Lunatic asylums Central Provinces reports 1910-1926 - 1910-1926
Year: 1910
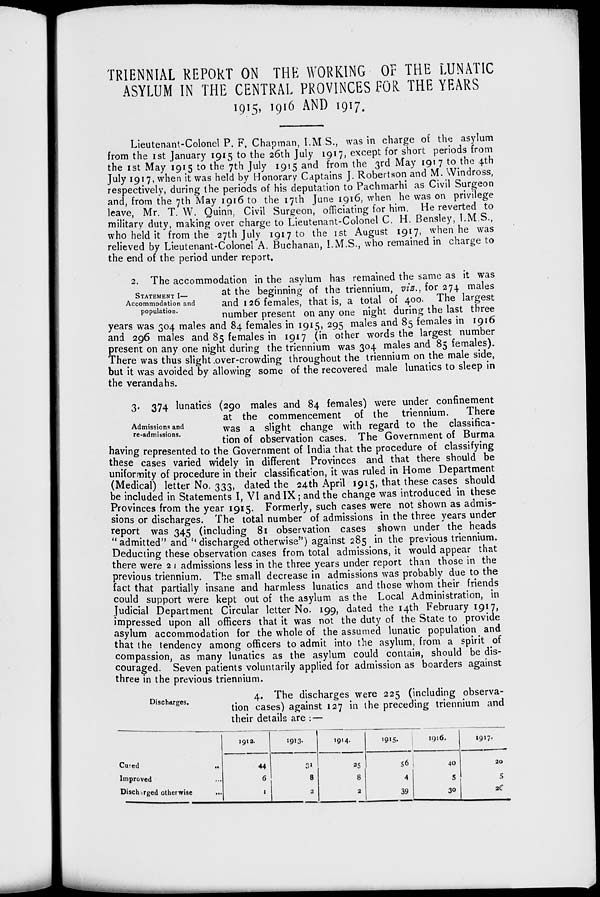
TRIENNIAL REPORT ON THE WORKING OF THE LUNATIC
ASYLUM IN THE CENTRAL PROVINCES FOR THE YEARS
1915, 1916 AND 1917.
Lieutenant-Colonel P. F. Chapman, I.M.S., was in charge of the asylum
from the 1st January 1915 to the 26th July 1917, except for short periods from
the 1st May 1915 to the 7th July 1915 and from the 3rd May 1917 to the 4th
July 1917, when it was held by Honorary Captains J. Robertson and M. Windross,
respectively, during the periods of his deputation to Pachmarhi as Civil Surgeon
and, from the 7th May 1916 to the 17th June 1916, when he was on privilege
leave, Mr. T. W. Quinn, Civil Surgeon, officiating for him. He reverted to
military duty, making over charge to Lieutenant-Colonel C. H. Bensley, I.M.S.,
who held it from the 27th July 1917 to the 1st August 1917, when he was
relieved by Lieutenant-Colonel A. Buchanan, I. M.S., who remained in charge to
the end of the period under report.
STATEMENT I—
Accommodation and
population.
2. The accommodation in the asylum has remained the same as it was
at the beginning of the triennium, viz., for 274 males
and 126 females, that is, a total of 400. The largest
number present on any one night during the last three
years was 304 males and 84 females in 1915, 295 males and 85 females in 1916
and 296 males and 85 females in 1917 (in other words the largest number
present on any one night during the triennium was 304 males and 85 females).
There was thus slight over-crowding throughout the triennium on the male side,
but it was avoided by allowing some of the recovered male lunatics to sleep in
the verandahs.
Admissions and
re-admissions.
3. 374 lunatics (290 males and 84 females) were under confinement
at the commencement of the triennium.
There
was a slight change with regard to the classifica-
tion of observation cases. The Government of Burma
having represented to the Government of India that the procedure of classifying
these cases varied widely in different Provinces and that there should be
uniformity of procedure in their classification, it was ruled in Home Department
(Medical) letter No. 333, dated the 24th April 1915, that these cases should
be included in Statements I, VI and IX; and the change was introduced in these
Provinces from the year 1915. Formerly, such cases were not shown as admis-
sions or discharges. The total number of admissions in the three years under
report was 345 (including 81 observation cases shown under the heads
"admitted" and " discharged otherwise") against 285 in the previous triennium.
Deducting these observation cases from total admissions, it would appear that
there were 21 admissions less in the three years under report than those in the
previous triennium. The small decrease in admissions was probably due to the
fact that partially insane and harmless lunatics and those whom their friends
could support were kept out of the asylum as the Local Administration, in
Judicial Department Circular letter No. 199, dated the 14th February 1917,
impressed upon all officers that it was not the duty of the State to provide
asylum accommodation for the whole of the assumed lunatic population and
that the tendency among officers to admit into the asylum, from a spirit of
compassion, as many lunatics as the asylum could contain, should be dis-
couraged. Seven patients voluntarily applied for admission as boarders against
three in the previous triennium.
Discharges.
4. The discharges were 225 (including observa-
tion cases) against 127 in the preceding triennium and
their details are : —
Cured ...
Improved ...
Discharged otherwise ...
1912.
44
6
1
1913.
31
8
2
1914.
25
8
2
1915.
56
4
39
1916.
40
5
30
1917.
20
5
26